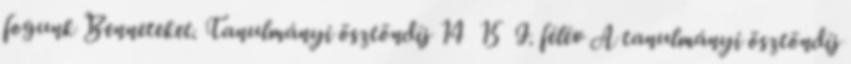
fogunk Benneteket. Tanulmányi ösztöndíj 14 15 I. félév A tanulmányi ösztöndíj